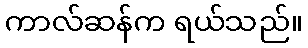
ကာလ်ဆန်က ရယ်သည်။